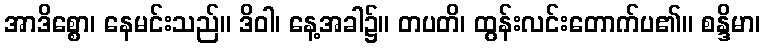
အာဒိစ္စော၊ နေမင်းသည်။ ဒိဝါ၊ နေ့အခါ၌။ တပတိ၊ ထွန်းလင်းတောက်ပ၏။ စန္ဒိမာ၊